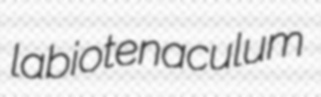
labiotenaculum